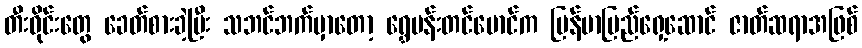
တီးဝိုင်းတွေ ခေတ်စားခဲ့ပြီး သဘင်ဘက်မှာတော့ ရွှေမန်းတင်မောင်က မြန်မာပြည်ရှေ့ဆောင် ဇာတ်ဆရာအဖြစ်